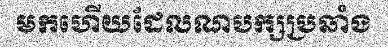
មកហើយដែលណបក្សប្រឆាំង